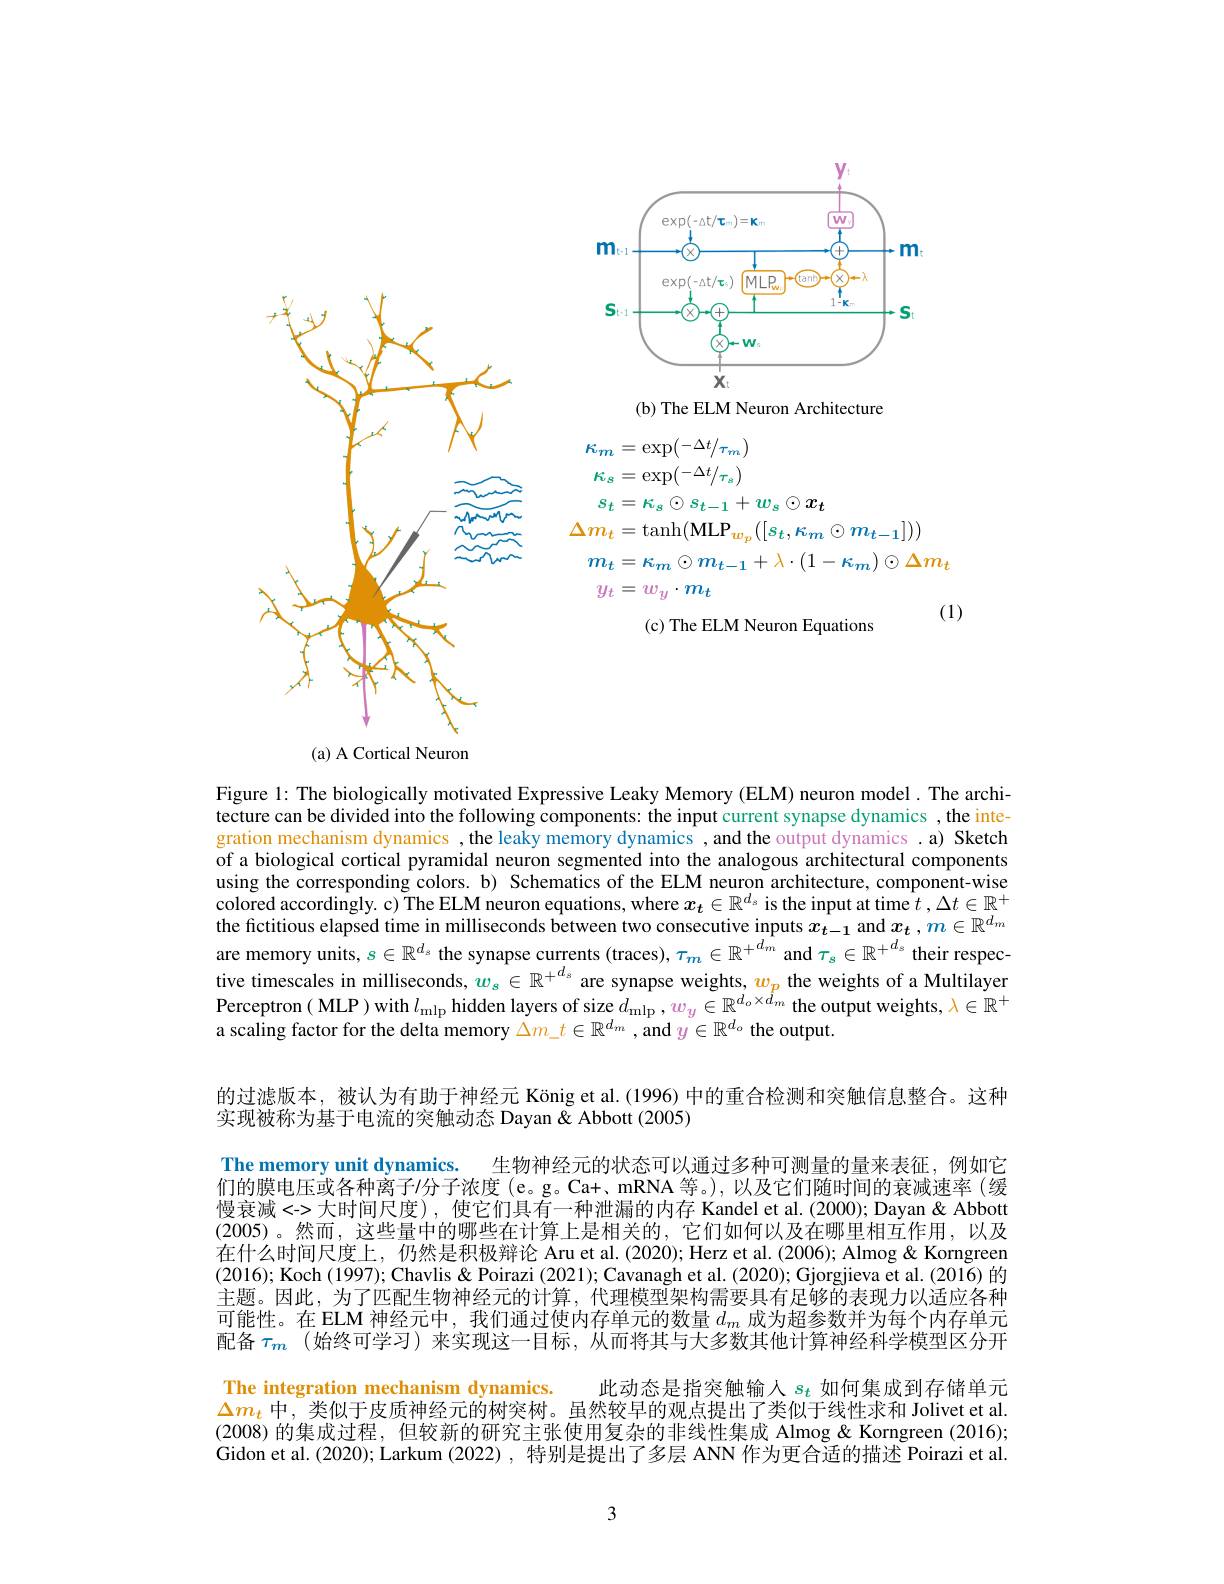
<FigureHere>

(b) The ELM Neuron Architecture

<FigureHere>
$$\begin{aligned}\kappa_{m}&=\exp(-\Delta t/\tau_{m})\\\kappa_{s}&=\exp(-\Delta t/\tau_{s})\\s_{t}&=\kappa_s\odot s_{t-1}+w_s\odot x_t\\\Delta m_{t}&=\tanh(\mathbf{MLP}_{w_p}([s_t,\kappa_m\odot m_{t-1}]))\\m_{t}&=\kappa_m\odot m_{t-1}+\lambda\cdot(1-\kappa_m)\odot\Delta m_t\\y_{t}&=w_y\cdot m_t\\&\text{(c) The ELM Neuron Equations}&\text{(1)}\end{aligned}$$
(a) A Cortical Neuron

Figure 1: The biologically motivated Expressive Leaky Memory (ELM) neuron model. The architecture can be divided into the following components: the input current synapse dynamics , the integration mechanism dynamics ,the leaky memory dynamics ,and the output dynamics .a) Sketch of a biological cortical pyramidal neuron segmented into the analogous architectural components using the corresponding colors. b) Schematics of the ELM neuron architecture, component-wise colored accordingly. c) The ELM neuron equations, where $x_t\in\mathbb{R}^{d_s}$ is the input at time $t,\Delta t\in\mathbb{R}^+$ the fictitious elapsed time in milliseconds between two consecutive inputs $\hat{x_{t-1}}$ and $x_t,m\in\mathbb{R}^{d_m}$ are memory units, $s\in\mathbb{R}^d_s$ the synapse currents (traces), $\tau_m\in\mathbb{R}^+^{d_m}$ and $\tau_s\in\mathbb{R}^+^{d_s}$ their respec tive timescales in milliseconds, $w_{s}\in \mathbb{R} ^{+ d_{s}}$ are synapse weights, $w_{p}$ the weights of a Multilayer Perceptron ( MLP) with $l_{\mathrm{mlp}}$ hidden layers of size $d_{\mathrm{mlp}}, w_{y}\in \mathbb{R} ^{d_{o}\times d_{m}}$ the output weights, $\lambda \in \mathbb{R} ^{+ }$ a scaling factor for the delta memory $\Delta m\_t\in\mathbb{R}^{d_m}$ ,and $y\in\mathbb{R}^d$。the output.

的过滤版本，被认为有助于神经元 König et al. (1996) 中的重合检测和突触信息整合。这种
实现被称为基于电流的突触动态 Dayan $\tilde{\&}$ Abbott (2005)
The memory unit dynamics.
生物神经元的状态可以通过多种可测量的量来表征，例如它
们的膜电压或各种离子/分子浓度(e。g。Ca+、mRNA等。),以及它们随时间的衰减速率(缓慢衰减<->大时间尺度),使它们具有一种泄漏的内存 Kandel et al.(2000); Dayan & Abbott (2005)。然而，这些量中的哪些在计算上是相关的，它们如何以及在哪里相互作用，以及在什么时间尺度上，仍然是积极辩论 Aru et al.(2020); Herz et al.(2006); Almog & Korngreen (2016); Koch (1997); Chavlis & Poirazi (2021); Cavanagh et al. (2020); Gjorgjieva et al. (2016) 的主题。因此，为了匹配生物神经元的计算，代理模型架构需要具有足够的表现力以适应各种可能性。在 ELM 神经元中，我们通过使内存单元的数量$d_m$成为超参数并为每个内存单元配备$\tau_m$ (始终可学习)来实现这一目标，从而将其与大多数其他计算神经科学模型区分开The integration mechanism dynamics. 此动态是指突触输人$s_t$如何集成到存储单元$\Delta m_t$中，类似于皮质神经元的树突树。虽然较早的观点提出了类似于线性求和 Jolivet et al (2008)的集成过程，但较新的研究主张使用复杂的非线性集成 Almog & Korngreen (2016); Gidon et al. (2020); Larkum (2022) , 特别是提出了多层 ANN 作为更合适的描述 Poirazi et al.

3